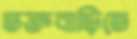
ভক্তবাড়িতে